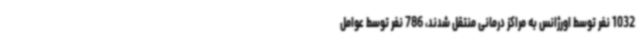
1032 نفر توسط اورژانس به مراکز درمانی منتقل شدند، 786 نفر توسط عوامل